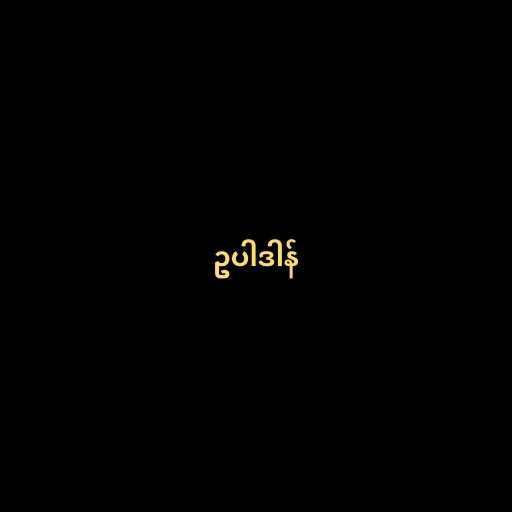
ဥပါဒါန်